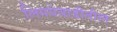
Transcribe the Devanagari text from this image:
लिमयेवाडीतील